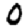
Digit: 0